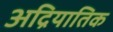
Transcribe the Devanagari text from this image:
अद्रियातिक